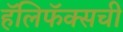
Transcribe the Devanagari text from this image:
हॅलिफॅक्सची